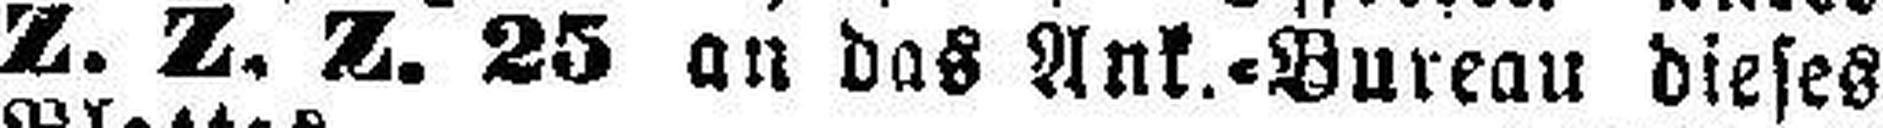
Z. Z. Z. 25 an das Ank.=Bureau dieses